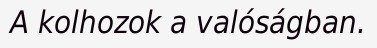
A kolhozok a valóságban.